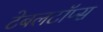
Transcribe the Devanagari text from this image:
टेबलटॉप्स